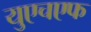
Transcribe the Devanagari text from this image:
युएचएफ